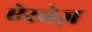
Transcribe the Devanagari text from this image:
ऐरवेज़